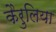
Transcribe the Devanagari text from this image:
कैरुलिया